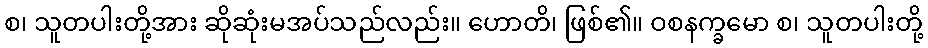
စ၊ သူတပါးတို့အား ဆိုဆုံးမအပ်သည်လည်း။ ဟောတိ၊ ဖြစ်၏။ ဝစနက္ခမော စ၊ သူတပါးတို့